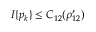
I \{ p _ { k } \} \le C _ { 1 2 } ( \rho _ { 1 2 } ^ { \prime } )